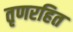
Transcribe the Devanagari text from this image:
तृणरहित